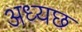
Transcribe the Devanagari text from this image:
अध्यछ